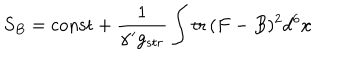
LaTeX: S _ { B } = \mathrm { c o n s t } + { \frac { 1 } { \alpha ^ { \prime } g _ { s t r } } } \int \mathrm { t r } \, ( F - B ) ^ { 2 } d ^ { 6 } x